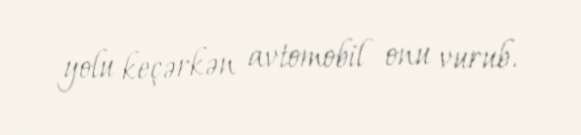
yolu keçərkən avtomobil onu vurub.